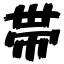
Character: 帯